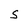
Character: S